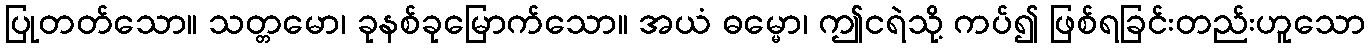
ပြုတတ်သော။ သတ္တမော၊ ခုနစ်ခုမြောက်သော။ အယံ ဓမ္မော၊ ဤငရဲသို့ ကပ်၍ ဖြစ်ရခြင်းတည်းဟူသော